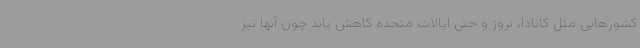
کشورهایی مثل کانادا، نروژ و حتی ایالات متحده کاهش یابد چون آنها نیز